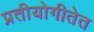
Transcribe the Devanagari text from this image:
प्रतीयोगीतेत